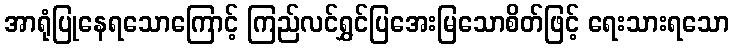
အာရုံပြုနေရသောကြောင့် ကြည်လင်ရွှင်ပြအေးမြသောစိတ်ဖြင့် ရေးသားရသော